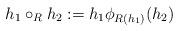
LaTeX: \begin{align*}h_1 \circ_R h_2 := h_1 \phi_{R(h_1)}(h_2)\end{align*}